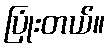
ပြုံးတယ်။